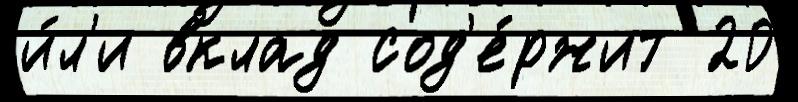
и́л'и вклад сод'е́ржит 20